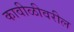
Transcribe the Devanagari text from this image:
कावीळीवरील